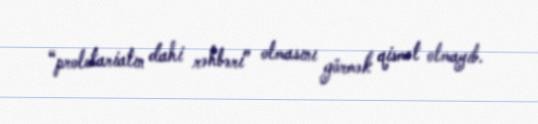
“proletariatın dahi rəhbəri” olmasını görmək qismət olmayıb.